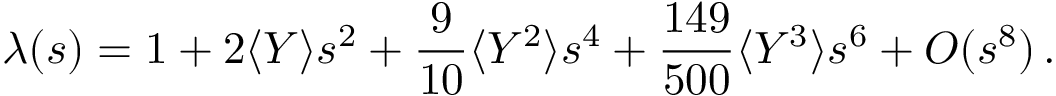
\lambda ( s ) = 1 + 2 \langle Y \rangle s ^ { 2 } + \frac { 9 } { 1 0 } \langle Y ^ { 2 } \rangle s ^ { 4 } + \frac { 1 4 9 } { 5 0 0 } \langle Y ^ { 3 } \rangle s ^ { 6 } + O ( s ^ { 8 } ) \, .